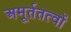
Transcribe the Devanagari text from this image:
अमूर्ततत्वों